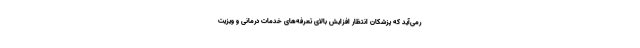
رمی‌آید که پزشکان انتظار افزایش بالای تعرفه‌های خدمات درمانی و ویزیت